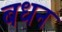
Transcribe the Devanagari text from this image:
बधन